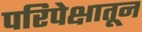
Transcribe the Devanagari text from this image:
परिपेक्षातून